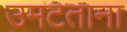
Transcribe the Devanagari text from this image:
उमटताना